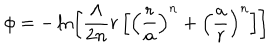
\phi = - \ln \left[ \frac { \Lambda } { 2 n } r \left[ \left( \frac { r } { a } \right) ^ { n } + \left( \frac { a } { r } \right) ^ { n } \right] \right]